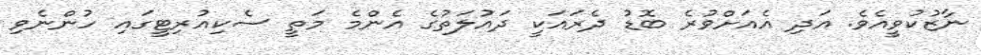
ނާޒުކުވީއެވެ. އަދި އެއަށްވުރެ ބޮޑު ދެރައަކީ ދައުލަތުގެ އެންމެ މަތީ ސެކިއުރިޓީގައި ހުންނެވި